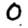
Digit: 0